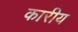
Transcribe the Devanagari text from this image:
कारीय